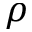
\rho